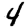
Digit: 4